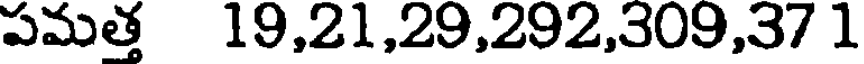
పమత్త 19,21,29,292,309,37 1